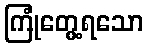
ကြုံတွေ့ရသော